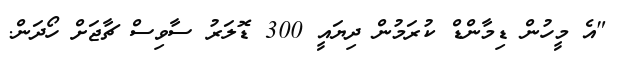
"އެ މީހުން ޑިމާންޑް ކުރަމުން ދިޔައީ 300 ޑޮލަރު ސާވިސް ޗާޖަށް ހޯދަން.